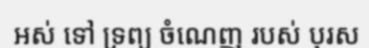
អស់ ទៅ ទ្រព្យ ចំណេញ របស់ បុរស